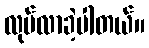
လုပ်လာခဲ့ပါတယ်။